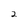
Character: 2